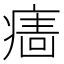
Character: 𱱙